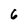
Character: 6